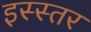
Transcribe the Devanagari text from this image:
इस्स्तर